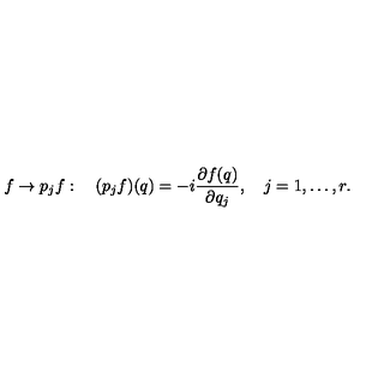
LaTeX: f \to p _ { j } f : \quad ( p _ { j } f ) ( q ) = - i { \frac { \partial f ( q ) } { \partial q _ { j } } } , \quad j = 1 , \ldots , r .